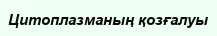
Цитоплазманың қозғалуы